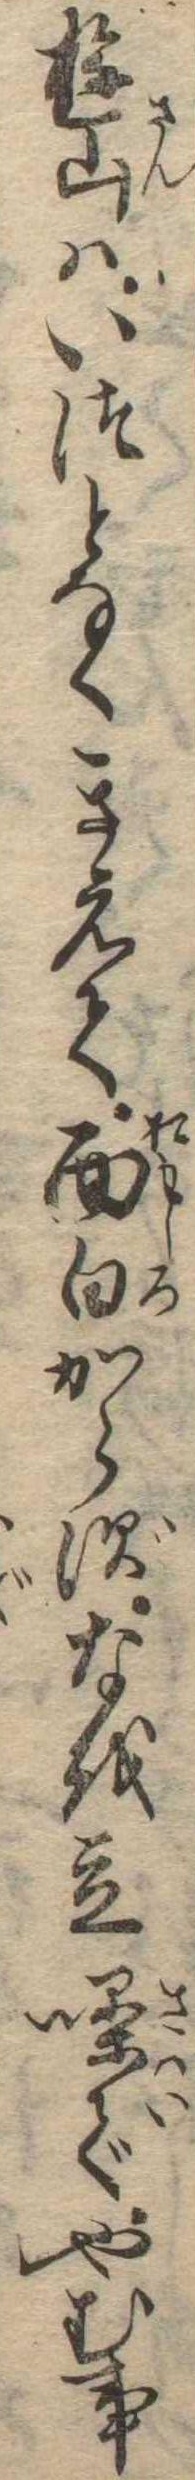
遊山はいつとなくきえて面白からずなを立噪でやむ事